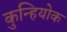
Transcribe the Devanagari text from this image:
कुन्हियोक